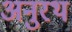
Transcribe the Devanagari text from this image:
अनुरथ